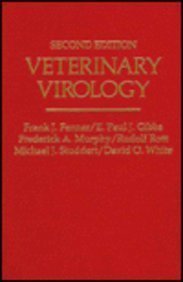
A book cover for Veterinary Virology; Author Unknown; Medical Books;